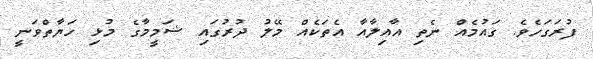
ފުރަގަހެވެ. ގައުމެއް ނެތި އާއިލާއާ އެތަކެއް މޭލު ދުރުގައި ޝަމީމާގެ މުޅި ހަޔާތްވަނީ